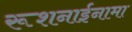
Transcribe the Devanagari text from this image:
रूशनाईनामा